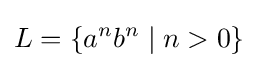
L=\{a^{n}b^{n}\mid n>0\}